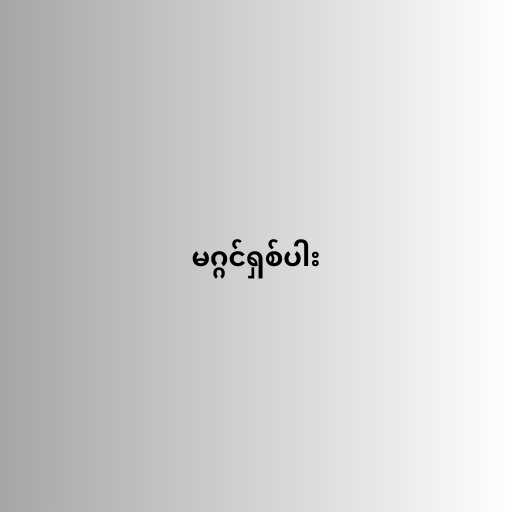
မဂ္ဂင်ရှစ်ပါး